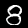
Label: 8